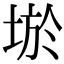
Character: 𡌧